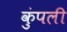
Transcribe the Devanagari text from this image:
कुंपली